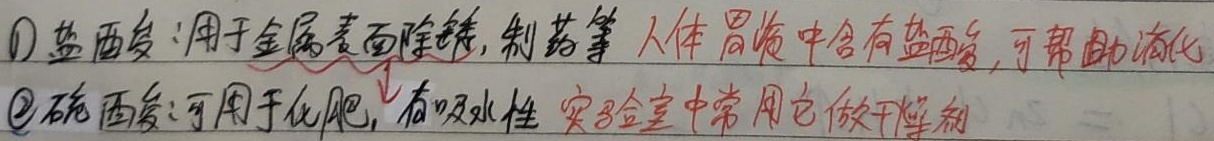
\textcircled{1} 盐酸：用于金属表面除锈，制药等，人体胃液中含有盐酸，可帮助消化。\textcircled{2} 硫酸：可用于化肥，有吸水性，实验室中常用它做干燥剂